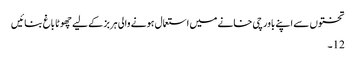
تختوں سے اپنے باورچی خانے میں استعمال ہونے والی ہربز کے لیے چھوٹا باغ بنائیں
12۔